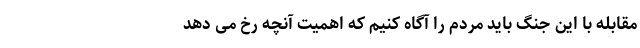
مقابله با این جنگ باید مردم را آگاه کنیم که اهمیت آنچه رخ می­ دهد